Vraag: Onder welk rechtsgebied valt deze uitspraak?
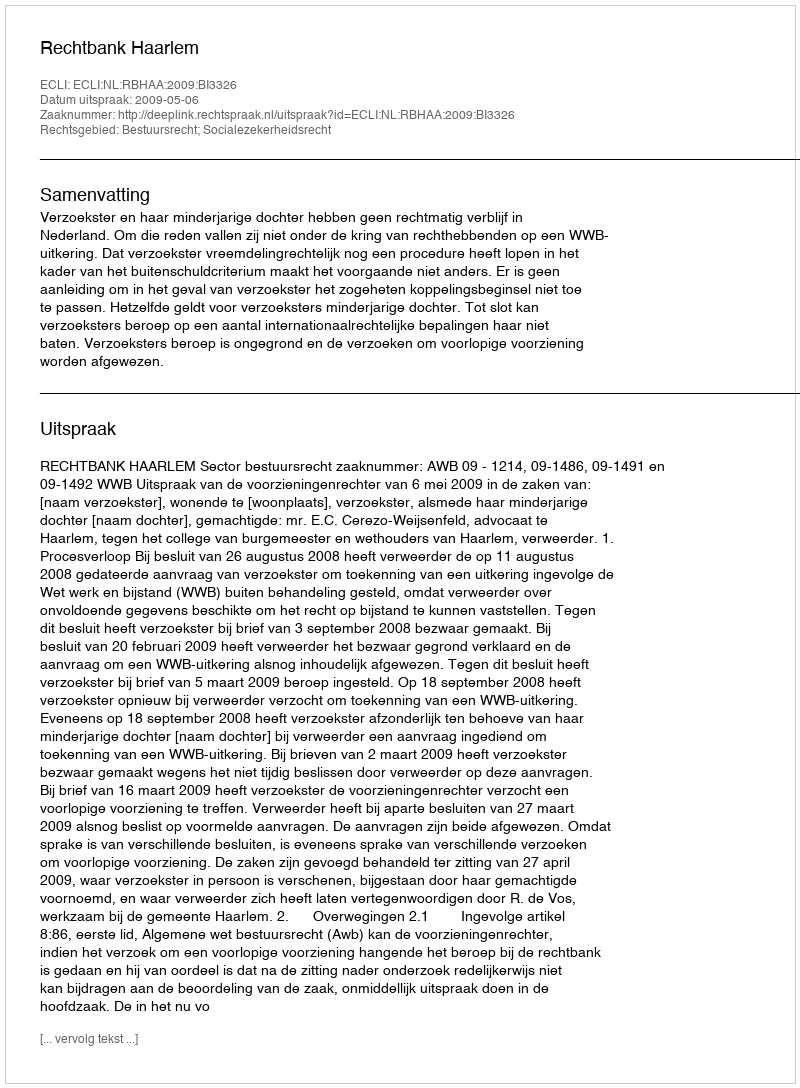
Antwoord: Bestuursrecht; Socialezekerheidsrecht